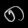
Digit: ၈